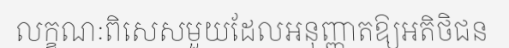
លក្ខណៈពិសេសមួយដែលអនុញ្ញាតឱ្យអតិថិជន